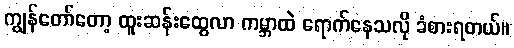
ကျွန်တော်တော့ ထူးဆန်းထွေလာ ကမ္ဘာထဲ ရောက်နေသလို ခံစားရတယ်။